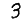
Digit: 3